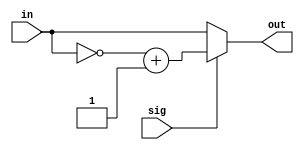
module TWOS16(input [15:0] in, input sig, output [15:0] out);
	assign out = sig == 1 ? ~in + 1 : in;
endmodule